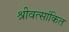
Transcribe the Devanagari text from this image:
श्रीवत्सांकित